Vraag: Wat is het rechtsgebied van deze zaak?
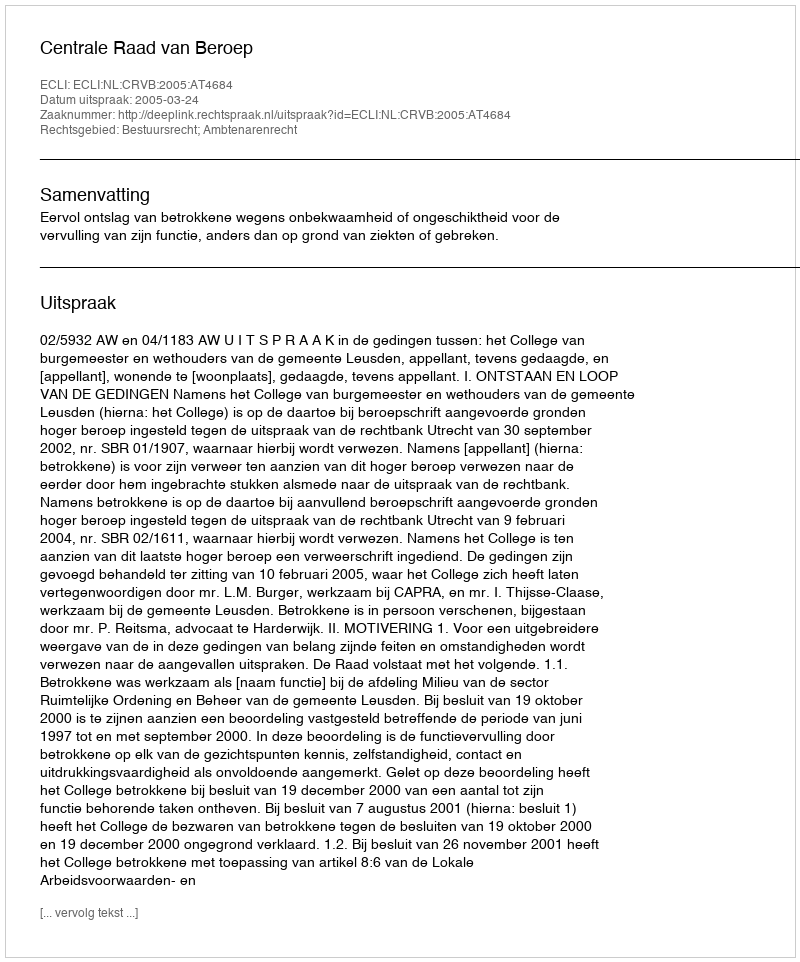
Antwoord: Bestuursrecht; Ambtenarenrecht